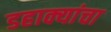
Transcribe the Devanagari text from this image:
डहाक्यांचा